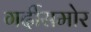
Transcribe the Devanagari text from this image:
गर्दीसमोर